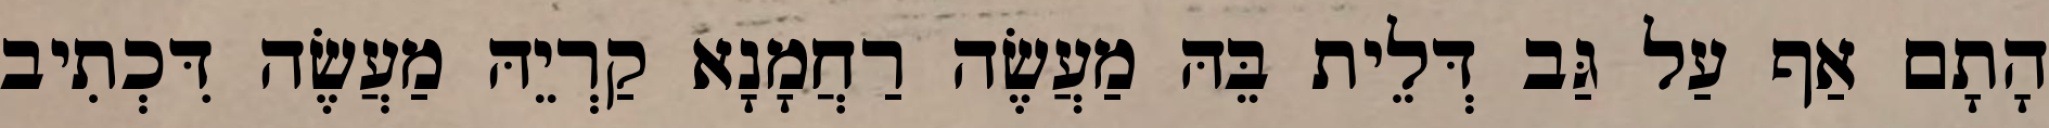
הָתָם אַף עַל גַּב דְּלֵית בֵּהּ מַעֲשֶׂה רַחֲמָנָא קַרְיֵהּ מַעֲשֶׂה דִּכְתִיב